Insane asylums in Bengal annual reports 1876-1887 - 1876-1887
Year: 1876
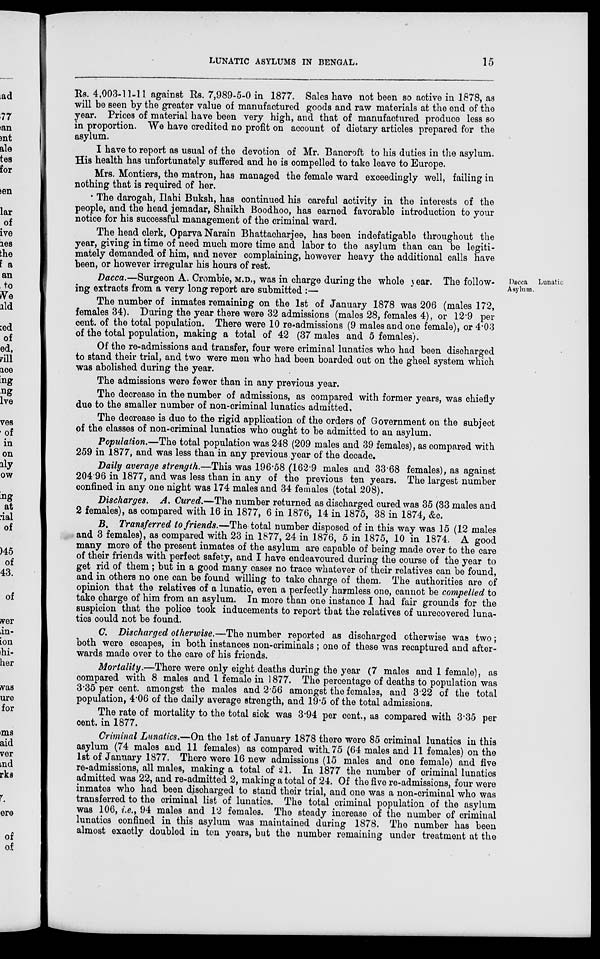
LUNATIC ASYLUMS IN BENGAL.
15
Rs. 4,003-11-11 against Rs. 7,989-5-0 in 1877. Sales have not been so active in 1878, as
will be seen by the greater value of manufactured goods and raw materials at the end of the
year. Prices of material have been very high, and that of manufactured produce less so
in proportion. We have credited no profit on account of dietary articles prepared for the
asylum.
I have to report as usual of the devotion of Mr. Bancroft to his duties in the asylum.
His health has unfortunately suffered and he is compelled to take leave to Europe.
Mrs. Montiers, the matron, has managed the female ward exceedingly well, failing in
nothing that is required of her.
The darogah, Ilahi Buksh, has continued his careful activity in the interests of the
people, and the head jemadar, Shaikh Boodhoo, has earned favorable introduction to your
notice for his successful management of the criminal ward.
The head clerk, Oparva Narain Bhattacharjee, has been indefatigable throughout the
year, giving in time of need much more time and labor to the asylum than can be legiti-
mately demanded of him, and never complaining, however heavy the additional calls have
been, or however irregular his hours of rest.
Dacca Lunatic
Asylum.
Dacca.—Surgeon A. Crombie, M.D., was in charge during the whole year. The follow-
ing extracts from a very long report are submitted :—
The number of inmates remaining on the 1st of January 1878 was 206 (males 172,
females 34). During the year there were 32 admissions (males 28, females 4), or 12.9 per
cent. of the total population. There were 10 re-admissions (9 males and one female), or 4.03
of the total population, making a total of 42 (37 males and 5 females).
Of the re-admissions and transfer, four were criminal lunatics who had been discharged
to stand their trial, and two were men who had been boarded out on the gheel system which
was abolished during the year.
The admissions were fewer than in any previous year.
The decrease in the number of admissions, as compared with former years, was chiefly
due to the smaller number of non-criminal lunatics admitted.
The decrease is due to the rigid application of the orders of Government on the subject
of the classes of non-criminal lunatics who ought to be admitted to an asylum.
Population.—The total population was 248 (209 males and 39 females), as compared with
259 in 1877, and was less than in any previous year of the decade.
Daily average strength.—This was 196.58 (162.9 males and 33.68 females), as against
204.96 in 1877, and was less than in any of the previous ten years. The largest number
confined in any one night was 174 males and 34 females (total 208).
Discharges. A. Cured.—The number returned as discharged cured was 35 (33 males and
2 females), as compared with 16 in 1877, 6 in 1876, 14 in 1875, 38 in 1874, &c.
B. Transferred to friends.—-The total number disposed of in this way was 15 (12 males
and 3 females), as compared with 23 in 1877, 24 in 1876, 5 in 1875, 10 in 1874. A good
many more of the present inmates of the asylum are capable of being made over to the care
of their friends with perfect safety, and I have endeavoured during the course of the year to
get rid of them ; but in a good many cases no trace whatever of their relatives can be found,
and in others no one can be found willing to take charge of them. The authorities are of
opinion that the relatives of a lunatic, even a perfectly harmless one, cannot be compelled to
take charge of him from an asylum. In more than one instance I had fair grounds for the
suspicion that the police took inducements to report that the relatives of unrecovered luna-
tics could not be found.
C. Discharged otherwise.—The number reported as discharged otherwise was two;
both were escapes, in both instances non-criminals ; one of these was recaptured and after-
wards made over to the care of his friends.
Mortality.—There were only eight deaths during the year (7 males and 1 female), as
compared with 8 males and 1 female in 1877. The percentage of deaths to population was
3.35 per cent. amongst the males and 2.56 amongst the females, and 3.22 of the total
population, 4.06 of the daily average strength, and 19.5 of the total admissions.
The rate of mortality to the total sick was 3.94 per cent., as compared with 3.35 per
cent. in 1877.
Criminal Lunatics.—On the 1st of January 1878 there were 85 criminal lunatics in this
asylum (74 males and 11 females) as compared with 75 (64 males and 11 females) on the
1st of January 1877. There were 16 new admissions (15 males and one female) and five
re-admissions, all males, making a total of 21. In 1877 the number of criminal lunatics
admitted was 22, and re-admitted 2, making a total of 24. Of the five re-admissions, four were
inmates who had been discharged to stand their trial, and one was a non-criminal who was
transferred to the criminal list of lunatics. The total criminal population of the asylum
was 106, i.e., 94 males and 12 females. The steady increase of the number of criminal
lunatics confined in this asylum was maintained during 1878. The number has been
almost exactly doubled in ten years, but the number remaining under treatment at the